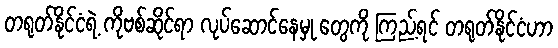
တရုတ်နိုင်ငံရဲ့ ကိုဗစ်ဆိုင်ရာ လုပ်ဆောင်နေမှု တွေကို ကြည့်ရင် တရုတ်နိုင်ငံဟာ